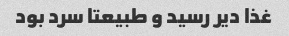
غذا دیر رسید و طبیعتا سرد بود